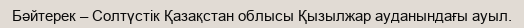
Бәйтерек – Солтүстік Қазақстан облысы Қызылжар ауданындағы ауыл.